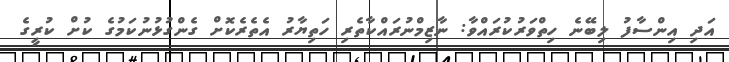
އަދި އިންސާފު ލިބޭނެ ހިތްވަރުކުރައްވާ: ނާޒިމްނުރައްކާތެރި ހަތިޔާރު އެތެރެކޮށް ގެންގުޅުނުކަމުގެ ކުށް ކުރީގެ